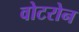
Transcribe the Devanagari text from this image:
वोटरोन